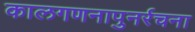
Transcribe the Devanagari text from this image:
कालगणनापुनर्रचना